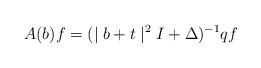
LaTeX: \begin{align*}A(b)f=(\mid b+t\mid^{2}I+\Delta)^{-1}qf\end{align*}